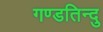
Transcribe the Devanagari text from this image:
गण्डतिन्दु